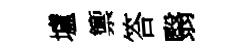
壚籞答翳